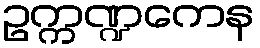
ဥက္ကဏ္ဍကေန